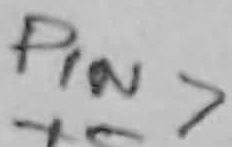
Text: PIN7